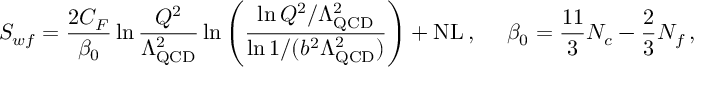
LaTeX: S _ { w f } = \frac { 2 C _ { F } } { \beta _ { 0 } } \ln \frac { Q ^ { 2 } } { \Lambda _ { \mathrm { Q C D } } ^ { 2 } } \ln \left( \frac { \ln Q ^ { 2 } / \Lambda _ { \mathrm { Q C D } } ^ { 2 } } { \ln 1 / ( b ^ { 2 } \Lambda _ { \mathrm { Q C D } } ^ { 2 } ) } \right) + \mathrm { N L } \, , \ \ \ \ \beta _ { 0 } = \frac { 1 1 } { 3 } N _ { c } - \frac { 2 } { 3 } N _ { f } \, ,